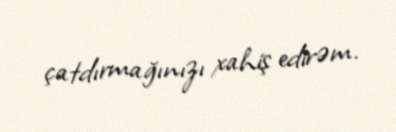
çatdırmağınızı xahiş edirəm.